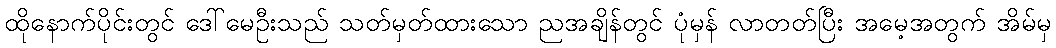
ထိုနောက်ပိုင်းတွင် ဒေါ်မေဦးသည် သတ်မှတ်ထားသော ညအချိန်တွင် ပုံမှန် လာတတ်ပြီး အမေ့အတွက် အိမ်မှ